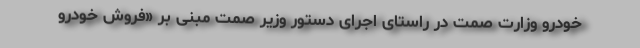
خودرو وزارت صمت در راستای اجرای دستور وزیر صمت مبنی بر «فروش خودرو